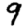
Digit: 9